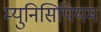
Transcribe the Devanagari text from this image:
म्युनिसिपियम